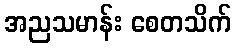
အညသမာန်း စေတသိက်